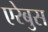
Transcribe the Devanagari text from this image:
एरेबुस